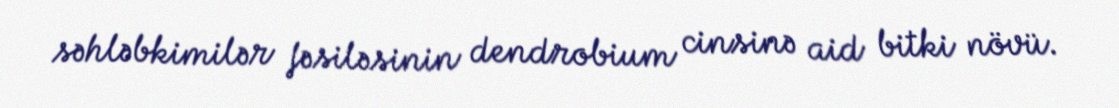
səhləbkimilər fəsiləsinin dendrobium cinsinə aid bitki növü.